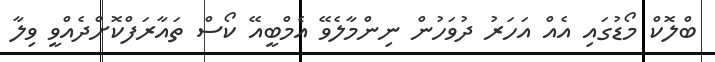
ބްލޮކް މޯޑުގައި އެއް އަހަރު ދުވަހުން ނިންމާލެވޭ އެމްބީއޭ ކޯސް ތައާރަފްކޮށްދެއްވީ ވިލާ